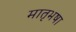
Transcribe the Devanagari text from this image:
मातृभषा